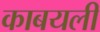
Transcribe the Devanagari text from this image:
काबयली